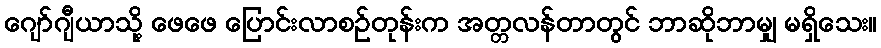
ဂျော်ဂျီယာသို့ ဖေဖေ ပြောင်းလာစဉ်တုန်းက အတ္တလန်တာတွင် ဘာဆိုဘာမျှ မရှိသေး။